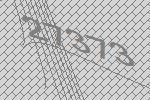
27373